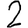
Digit: 2